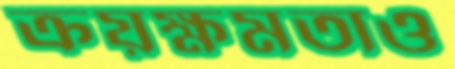
ক্রয়ক্ষমতাও